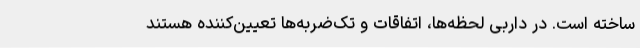
ساخته است. در داربی لحظه‌ها، اتفاقات و تک‌ضربه‌ها تعیین‌کننده هستند